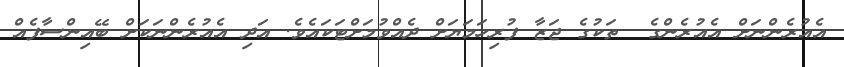
އެއުރެންނަށް އެއުރެންގެ  ތަކުގެ ޖަޒާ ފުރިހަމަޔަށް ދެއްވުމަށްޓަކައެވެ. އަދި އެއުރެންނަކަށް ބޭއިންސާފެއް